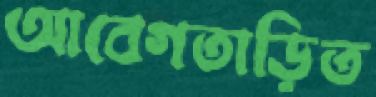
আবেগতাড়িত